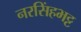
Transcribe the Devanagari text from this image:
नरसिंहभट्ट